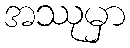
အဿုမှာ